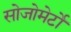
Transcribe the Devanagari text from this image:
सोजोमेर्टो